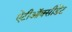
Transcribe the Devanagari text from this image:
ऐंटीऑक्सीडेंट